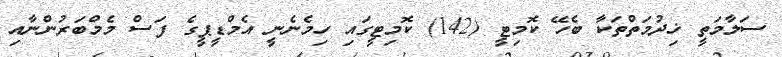
ސަލާމަތީ ޚިދުމަތްތަކާ ބެހޭ ކޮމިޓީ (142) ކޮމިޓީގައި ހިމެނެނީ އެމްޑީޕީގެ ފަސް މެމްބަރުންނާއި